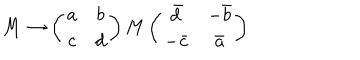
LaTeX: M \rightarrow \left( \begin{array} { c c } { { a } } & { { b } } \\ { { c } } & { { d } } \\ \end{array} \right) M \left( \begin{array} { c c } { { \bar { d } } } & { { - \bar { b } } } \\ { { - \bar { c } } } & { { \bar { a } } } \\ \end{array} \right)